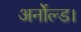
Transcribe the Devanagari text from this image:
अर्नोल्ड।